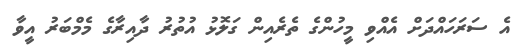
އެ ސަރަހައްދަށް އެއްވި މީހުންގެ ތެރެއިން ގަލޮޅު އުތުރު ދާއިރާގެ މެމްބަރު އީވާ